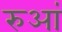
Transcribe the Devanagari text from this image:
रुआं